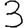
Digit: 3